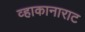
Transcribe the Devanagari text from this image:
व्हाकानाराट